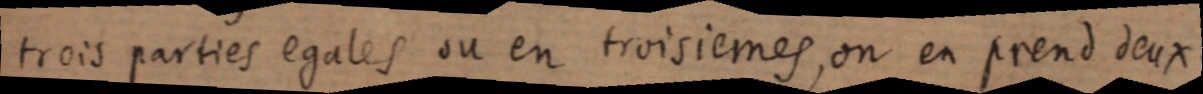
trois parties egales ou en troisiemes, on en prend deux.